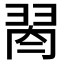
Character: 𦐯